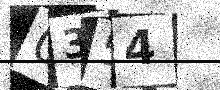
Text: 0354